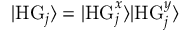
| \mathrm { H G } _ { j } \rangle = | \mathrm { H G } _ { j } ^ { x } \rangle | \mathrm { H G } _ { j } ^ { y } \rangle